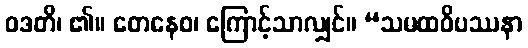
ဝဒတိ၊ ၏။ တေနေဝ၊ ကြောင့်သာလျှင်။ “သမထဝိပဿနာ